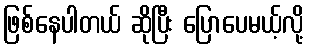
ဖြစ်နေပါတယ် ဆိုပြီး ပြောပေမယ့်လို့